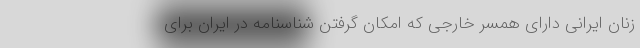
زنان ایرانی دارای همسر خارجی که امکان گرفتن شناسنامه در ایران برای